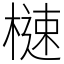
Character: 㯈